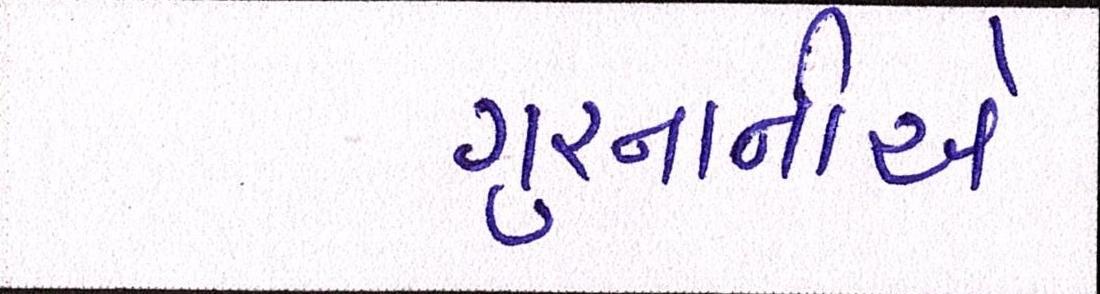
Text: ગુરનાનીએ